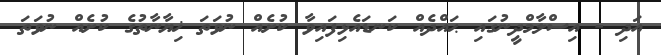
އަދި - އިސްލާމްދީނުގައި ޙައްދެއް ކަނޑައެޅިފައިވާ ކުށެއް ނުވަތަ ޚިޔާނާތުގެ ކުށެއް ނުވަތަ